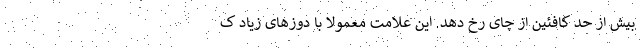
بیش از حد کافئین از چای رخ دهد. این علامت معمولا با دوزهای زیاد ک